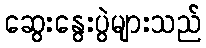
ဆွေးနွေးပွဲများသည်